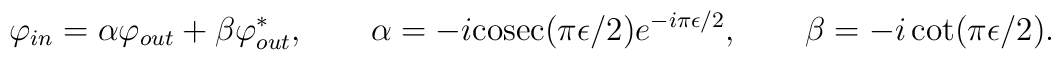
\varphi_{in}=\alpha \varphi_{out}+\beta \varphi^*_{out}, \qquad 	\alpha =-i {\rm cosec}(\pi \epsilon/2) e^{-i\pi \epsilon/2}, \qquad	 \beta=-i \cot(\pi \epsilon/2).